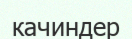
качиндер